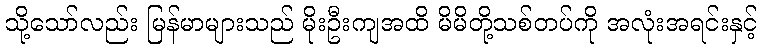
သို့သော်လည်း မြန်မာများသည် မိုးဦးကျအထိ မိမိတို့သစ်တပ်ကို အလုံးအရင်းနှင့်